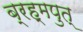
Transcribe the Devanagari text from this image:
ब्रह्मपुत्